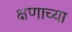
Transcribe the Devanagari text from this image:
क्षणाच्या